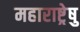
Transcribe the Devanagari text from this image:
महाराष्ट्रेषु